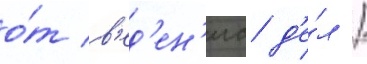
о́т в'ед'ен'иа д'е́л /